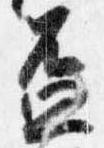
盃